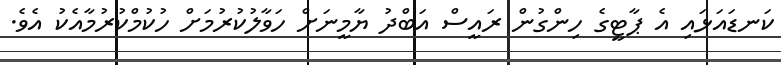
ކަނޑައަޅައި އެ ޕާޓީގެ ހިންގުން ރައީސް އަބްދު ޔާމީނަށް ހަވާލުކުރުމަށް ހުކުމްކުރުމާއެކު އެވެ.